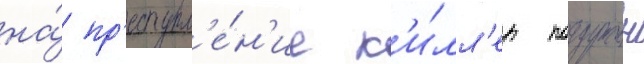
на́ пр'еступл'е́н'ие к'и́лл'ер погружен